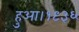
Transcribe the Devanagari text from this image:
हुआ।१९३६